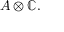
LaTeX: A \otimes \mathbb { C } .